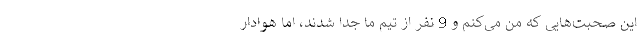
این صحبت‌هایی که من می‌کنم و 9 نفر از تیم ما جدا شدند، اما هوادار